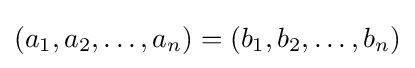
(a_{1},a_{2},\ldots ,a_{n})=(b_{1},b_{2},\ldots ,b_{n})